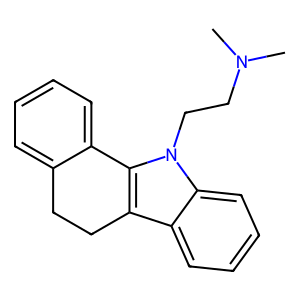
SMILES: CN(C)CCn1c2c(c3ccccc31)CCc1ccccc1-2
Inhibits HIV replication: No